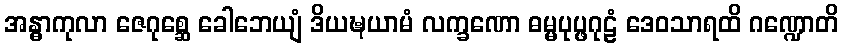
အန္ဓာကုလာ ဇေဂုစ္ဆေ ခေါဘေယျံ ဒိယဍ္ဎယာမံ လက္ခဏော ဓမ္မပုပ္ဖဂုဠံ ဒေဝသာရထိ ဂဏ္ဍောတိ